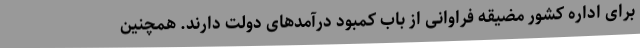
برای اداره کشور مضیقه فراوانی از باب کمبود درآمدهای دولت دارند. همچنین